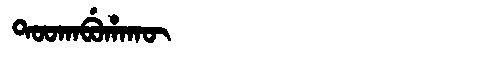
Manchu: ᡨᠣᠣᡴᠠᠪᡠᡥᠠᡴᡡ
Romanization: TOOKABUHAKŪ